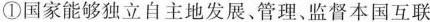
①国家能够独立自主地发展、管理、监督本国互联